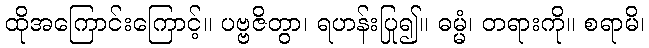
ထိုအကြောင်းကြောင့်။ ပဗ္ဗဇိတွာ၊ ရဟန်းပြု၍။ ဓမ္မံ၊ တရားကို။ စရာမိ၊